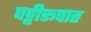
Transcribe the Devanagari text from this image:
पट्टीरूपात